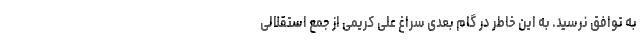
به توافق نرسید. به این خاطر در گام بعدی سراغ علی کریمی از جمع استقلالی